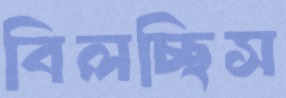
বিলচ্ছিস